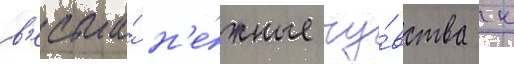
в'есьма́ н'е́жные чу́вства к